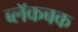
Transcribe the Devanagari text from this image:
ब्लॅकबक